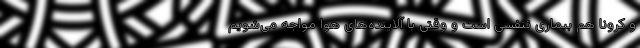
و کرونا هم بیماری تنفسی است و وقتی با آلاینده‌های هوا مواجه می‌شویم